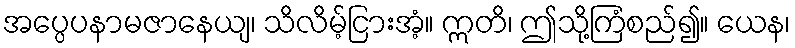
အပ္ပေပနာမဇာနေယျ၊ သိလိမ့်ငြားအံ့။ ဣတိ၊ ဤသို့ကြံစည်၍။ ယေန၊